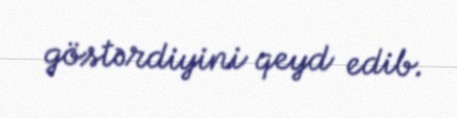
göstərdiyini qeyd edib.